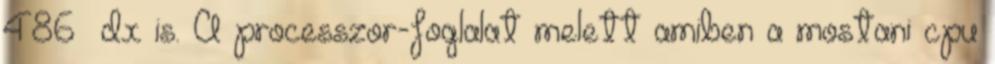
486 dx is. A processzor-foglalat melett amiben a mostani cpu